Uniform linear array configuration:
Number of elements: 48
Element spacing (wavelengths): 0.5
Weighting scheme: cosine
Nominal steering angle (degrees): -15
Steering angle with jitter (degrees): -13.336
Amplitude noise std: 0.05
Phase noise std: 0.05

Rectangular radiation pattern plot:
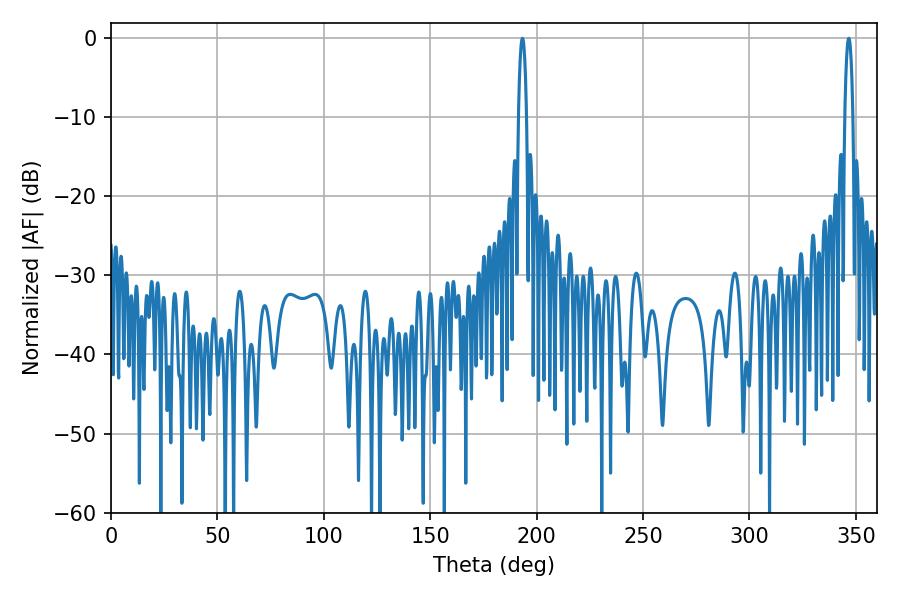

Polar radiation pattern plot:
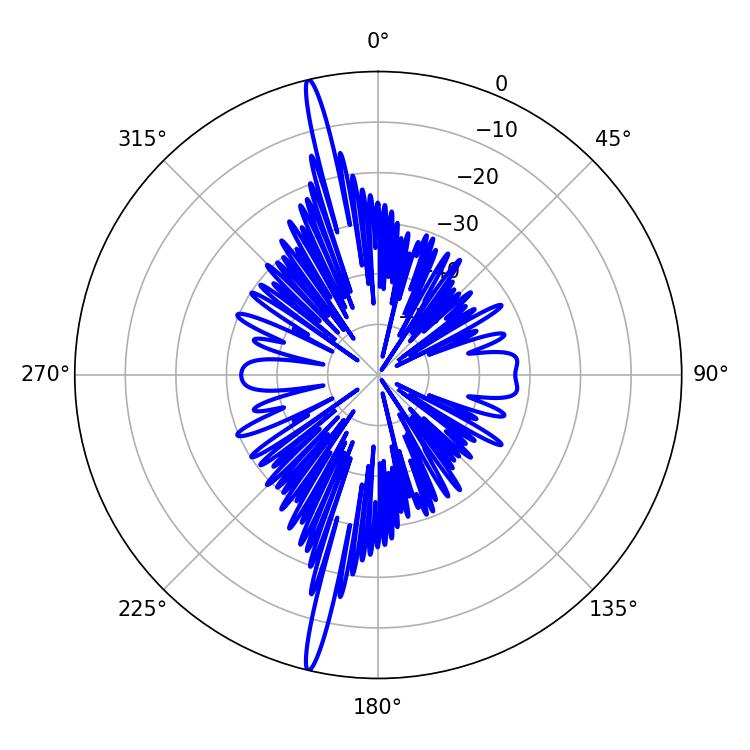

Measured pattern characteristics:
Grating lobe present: FALSE
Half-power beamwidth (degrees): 2.16
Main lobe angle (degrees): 193.32